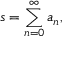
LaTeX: s = \sum _ { n = 0 } ^ { \infty } a _ { n } ,